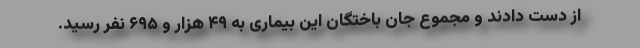
از دست دادند و مجموع جان باختگان این بیماری به ۴۹ هزار و ۶۹۵ نفر رسید.